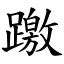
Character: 躈